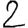
Digit: 2